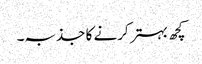
کچھ بہتر کرنے کا جذبہ۔